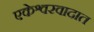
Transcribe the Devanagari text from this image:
एकेश्वरवादात